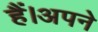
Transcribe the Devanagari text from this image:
हैं।अपने